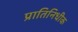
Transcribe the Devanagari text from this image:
प्रातिनिधीक